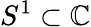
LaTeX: S^{1}\subset\mathbb{C}